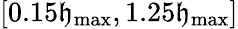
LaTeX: [0.15\mathfrak{h}_{\mathrm{{max}}},1.25\mathfrak{h}_{\mathrm{{max}}}]